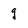
Character: g